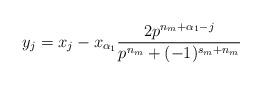
LaTeX: \begin{align*}y_{j}=x_{j}-x_{\alpha_1}\frac{2p^{n_m+\alpha_1-j}}{p^{n_m}+(-1)^{s_m+n_m}}\end{align*}